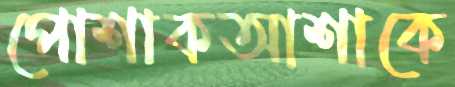
পোশাকআশাকে